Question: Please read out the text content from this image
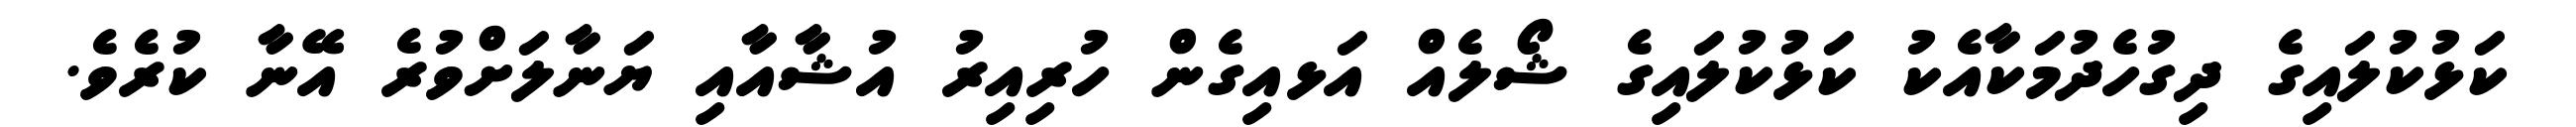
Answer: ކަޅުކުލައިގެ ދިގުހެދުމަކާއެކު ކަޅުކުލައިގެ ޝޯލެއް އަޅއިގެން ހުރިއިރު އުޝާއާއި ޔަނާލަށްވުރެ އޭނާ ކުރެވެ.